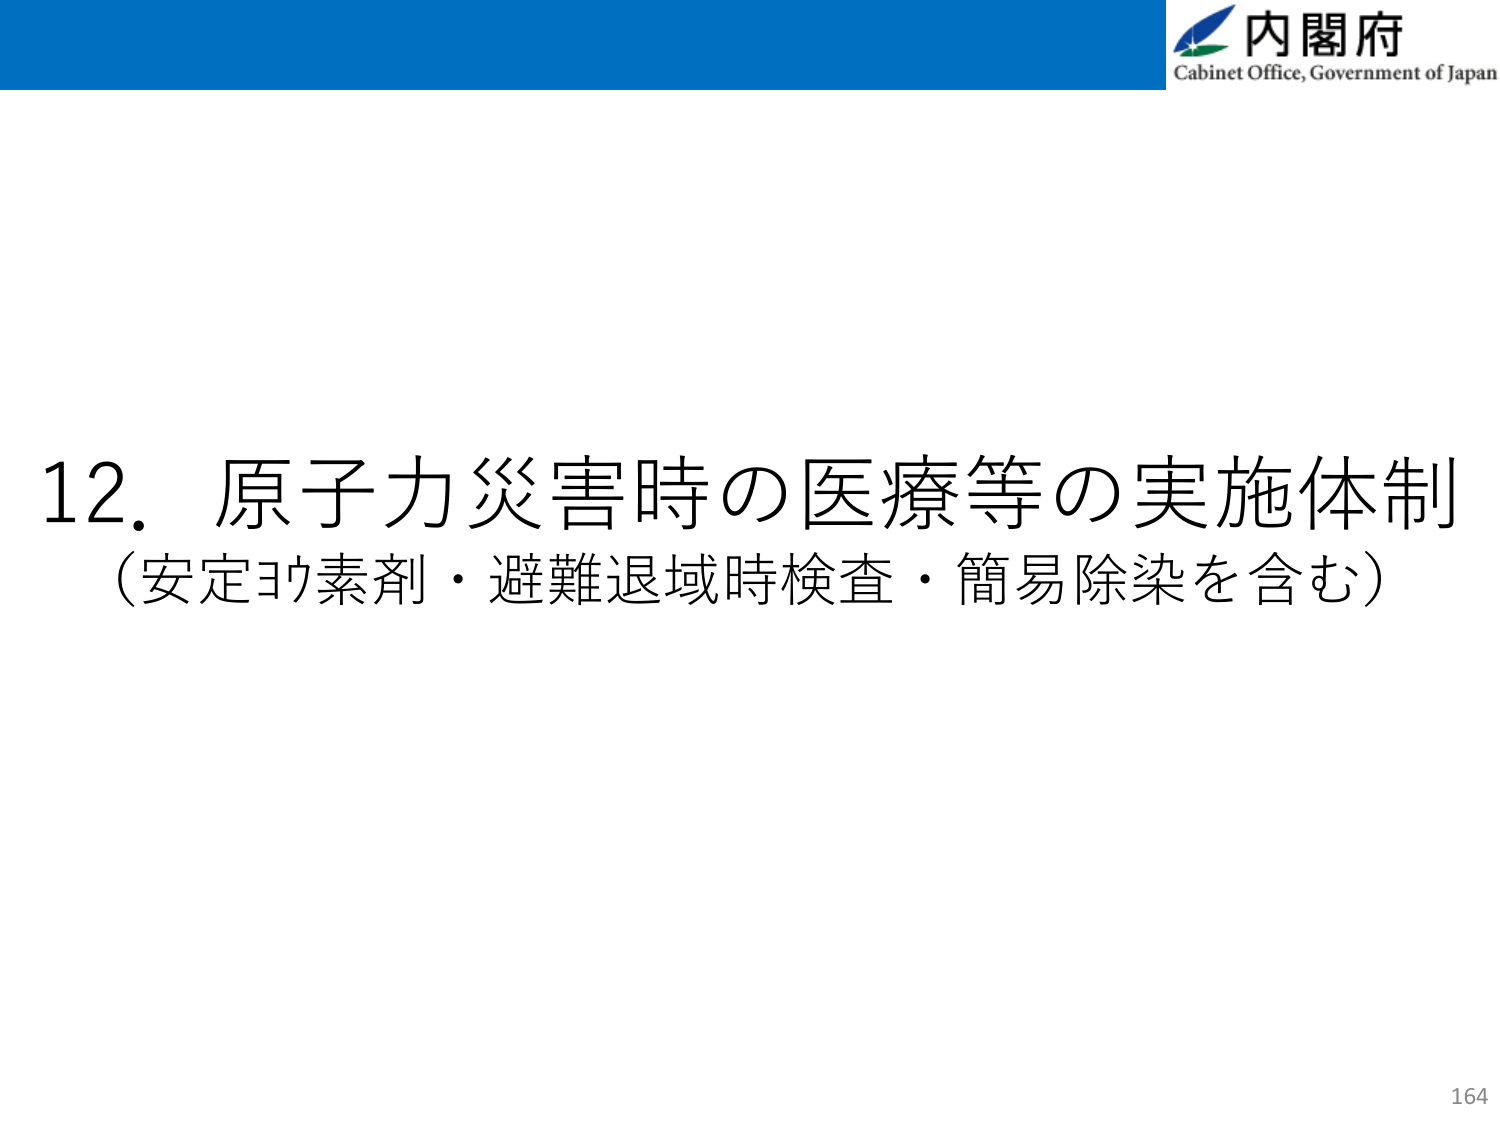
内閣府
Cabinet Office, Government of Japan

12. 原子力災害時の医療等の実施体制
（安定ヨウ素剤・避難退域時検査・簡易除染を含む）

164